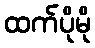
ထက်ပိုမို